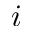
i